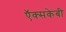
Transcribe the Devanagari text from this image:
ऍक्सकेबी